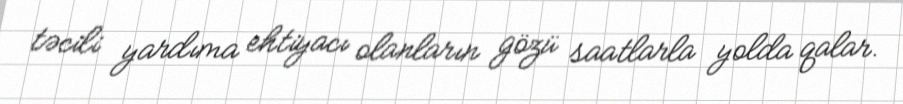
təcili yardıma ehtiyacı olanların gözü saatlarla yolda qalar.